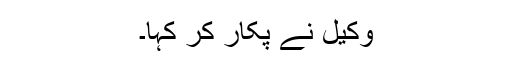
وکیل نے پکار کر کہا۔